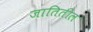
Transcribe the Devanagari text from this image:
जातितील